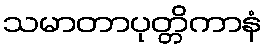
သမာတာပုတ္တိကာနံ